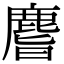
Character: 𪊨